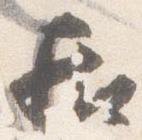
居